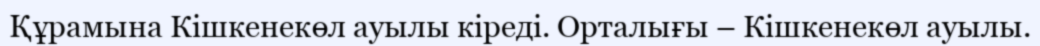
Құрамына Кішкенекөл ауылы кіреді. Орталығы – Кішкенекөл ауылы.